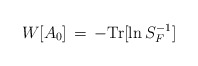
\begin{align*}W[A_0] \,=\, - {\rm Tr} [ \ln S_F^{-1} ]\end{align*}